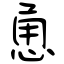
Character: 恿